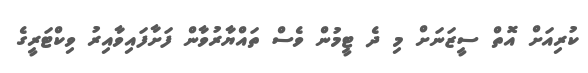
ކުރިއަށް އޮތް ސީޒަނަށް މި ދެ ޓީމުން ވެސް ތައްޔާރުވާން ފަށާފައިވާއިރު ވިކްޓަރީގެ